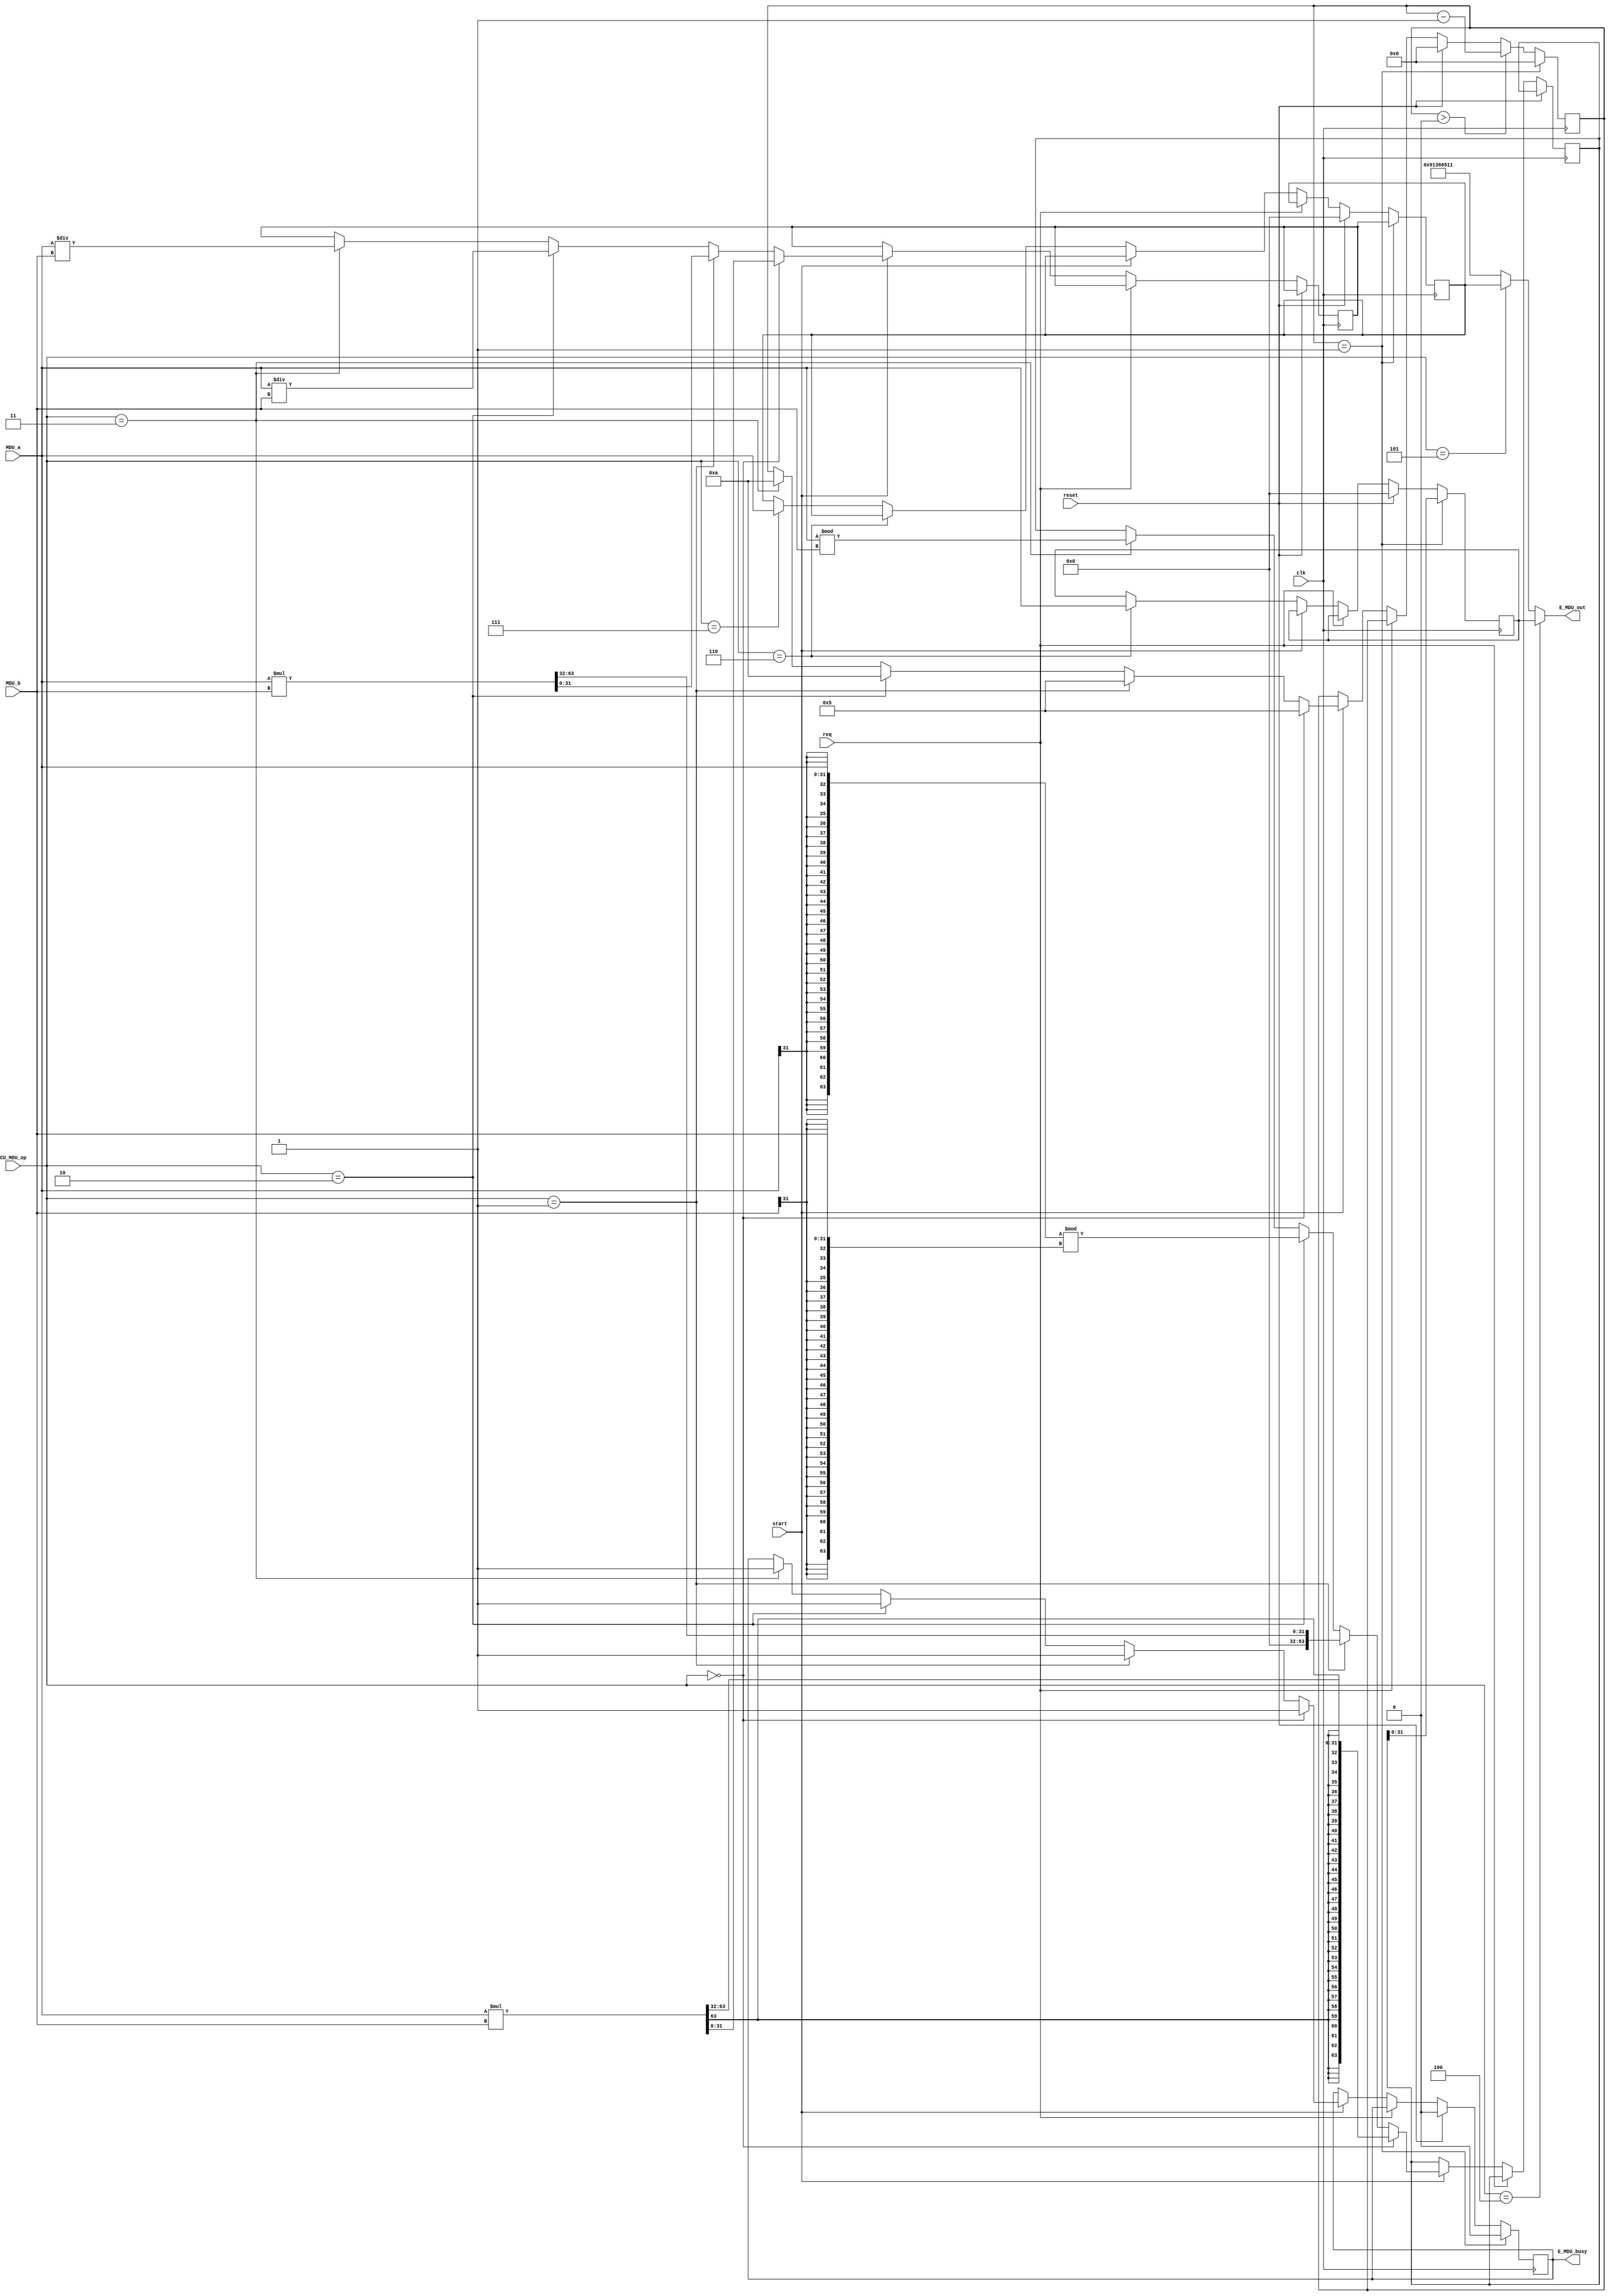
`timescale 1ns / 1ps
//-----------------------------------------------------------------------------
`define mult      4'b0000
`define multu     4'b0001
`define div       4'b0010
`define divu      4'b0011
`define mfhi      4'b0100
`define mflo      4'b0101
`define mthi      4'b0110
`define mtlo      4'b0111
//-------------------------------------------------------------------------------


//------------------------------------------------------------------------
module E_MDU(
    input clk,
    input reset,
    input start,
    input req,
    input [3:0] CU_MDU_op,
    input [31:0] MDU_a,
    input [31:0] MDU_b,
    output reg E_MDU_busy,
    output [31:0] E_MDU_out
    );
//----------------------------------------------------------------------------------


//HI_Reg and LO_Reg------------------------------------------------------------------
    reg [31:0] HI;
    reg [31:0] LO;

    reg [63:0] temp_HI;
    reg [31:0] temp_LO;
        
    reg [4:0] count;
//-----------------------------------------------------------------------------------


//read------------------------------------------------------------------------------
    assign E_MDU_out = (CU_MDU_op == `mfhi) ? HI :
                       (CU_MDU_op == `mflo) ? LO :
                                              32'H9136_6511;
//----------------------------------------------------------------------------------


//MDU-------------------------------------------------------------------------------
    always @(posedge clk) begin
        if (reset) begin
            HI <= 32'H0000_0000;
            LO <= 32'H0000_0000;            
            count <= 0;
            E_MDU_busy <= 0;
        end
        else if (!req) begin
            if (start) begin
                if (CU_MDU_op == `mult) begin
                    E_MDU_busy <= 1;
                    count <= 5;
                    {temp_HI, temp_LO} <= $signed(MDU_a) * $signed(MDU_b);                
                end
                else if (CU_MDU_op == `multu) begin
                    E_MDU_busy <= 1;
                    count <= 5;
                    {temp_HI, temp_LO} <= MDU_a * MDU_b;                      
                end
                else if (CU_MDU_op == `div) begin
                    E_MDU_busy <= 1;
                    count <= 10;
                    temp_LO <= $signed(MDU_a) / $signed(MDU_b);
                    temp_HI <= $signed(MDU_a) % $signed(MDU_b);                     
                end              
                else if (CU_MDU_op == `divu) begin
                    E_MDU_busy <= 1;
                    count <= 10;
                    temp_LO <= MDU_a / MDU_b;
                    temp_HI <= MDU_a % MDU_b;                     
                end
            end
            else if (CU_MDU_op == `mthi) begin
                HI <= MDU_a;
            end 
            else if (CU_MDU_op == `mtlo) begin
                LO <= MDU_a;        
            end
        end
        
        if (count == 1) begin
            E_MDU_busy <= 0;
            count <= 0;
            HI <= temp_HI;
            LO <= temp_LO;
        end
        else if (count > 0)begin
            count <= count - 1;
        end
    end
//-----------------------------------------------------------------------------------------------


endmodule